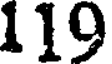
119